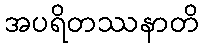
အပရိတဿနာတိ